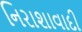
નિરાશાવાદી